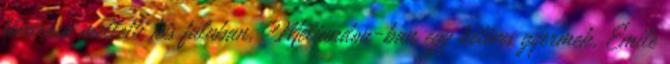
fővárosa melletti kis faluban, Meliandou-ban egy kétéves gyermek, Emile